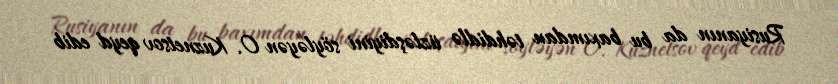
Rusiyanın da bu baxımdan təhdidlə üzləşdiyini söyləyən O. Kuznetsov qeyd edib